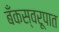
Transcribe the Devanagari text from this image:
बँकस्वरूपात